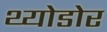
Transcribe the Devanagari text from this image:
थ्योडोर